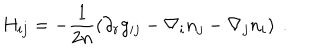
LaTeX: H _ { i j } = - \frac 1 { 2 n } \left( \partial _ { r } g _ { i j } - \nabla _ { i } n _ { j } - \nabla _ { j } n _ { i } \right) ~ .